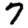
Digit: 7